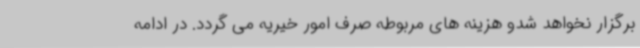
برگزار نخواهد شدو هزینه های مربوطه صرف امور خیریه می گردد. در ادامه